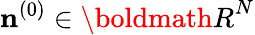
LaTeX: {\mathbf n}^{(0)}\in{\boldmath R}^{N}